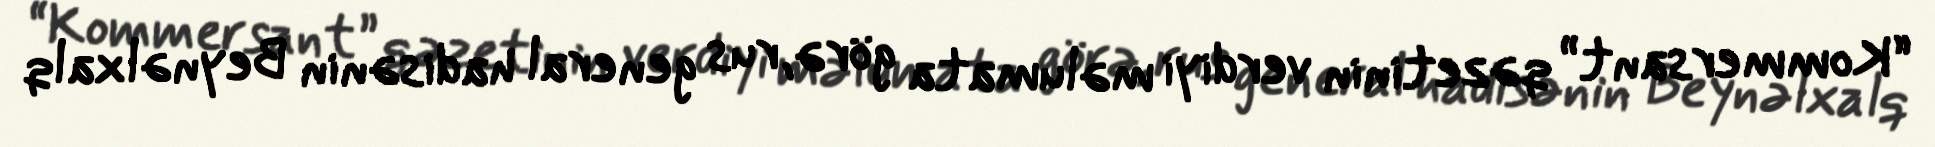
“Kommersant” qəzetinin verdiyi məlumata görə, rus general hadisənin Beynəlxalq